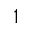
^ { 1 }